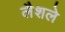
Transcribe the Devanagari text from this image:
लैशले